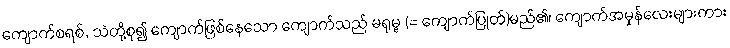
ကျောက်စရစ်, သဲတို့စု၍ ကျောက်ဖြစ်နေသော ကျောက်သည် မရုမ္ဗ (= ကျောက်ပြုတ်)မည်၏၊ ကျောက်အမှုန်လေးများကား